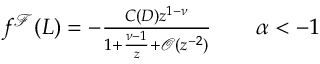
\begin{array} { r } { f ^ { \mathcal { F } } ( L ) = - \frac { C ( D ) z ^ { 1 - \nu } } { 1 + \frac { \nu - 1 } { z } + \mathcal { O } ( z ^ { - 2 } ) } \qquad \alpha < - 1 } \end{array}